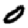
Digit: 0